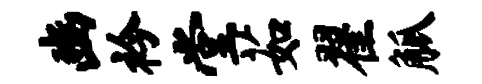
豳衿堂茹翟觚